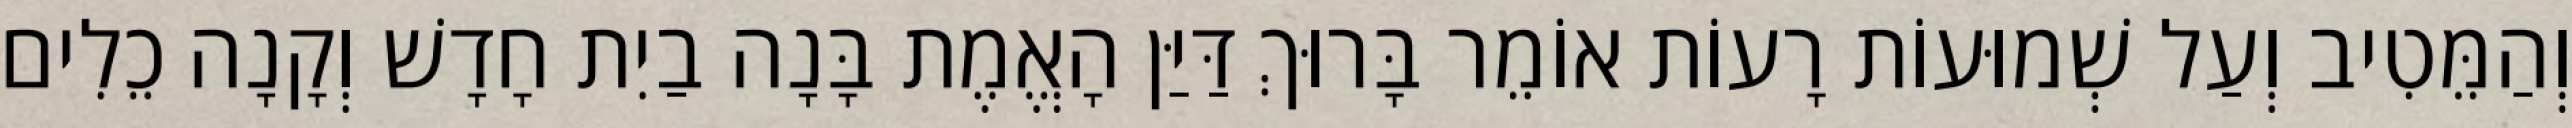
וְהַמֵּטִיב וְעַל שְׁמוּעוֹת רָעוֹת אוֹמֵר בָּרוּךְ דַּיַּן הָאֱמֶת בָּנָה בַיִת חָדָשׁ וְקָנָה כֵלִים